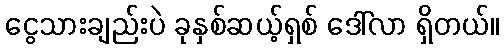
ငွေသားချည်းပဲ ခုနှစ်ဆယ့်ရှစ် ဒေါ်လာ ရှိတယ်။